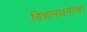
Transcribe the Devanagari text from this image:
विचारधनाचा